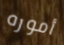
أموره